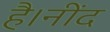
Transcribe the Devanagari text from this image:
है।नींद